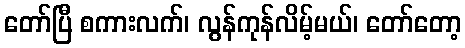
တော်ပြီ စကားလက်၊ လွန်ကုန်လိမ့်မယ်၊ တော်တော့